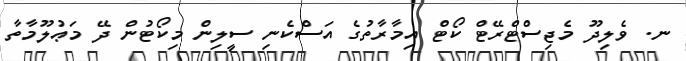
ނ. ވެލިދޫ މެޖިސްޓްރޭޓް ކޯޓް އިމާރާތުގެ އަސްކެނި ސީލިން މިކޯޓުން ދޭ މަޢުލޫމާތާ